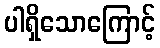
ပါရှိသောကြောင့်